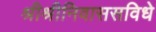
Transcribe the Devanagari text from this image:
श्रीश्रीनिवाससविधे